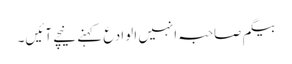
بیگم صاحبہ انہیں الوادع کہنے نیچے آئیں۔